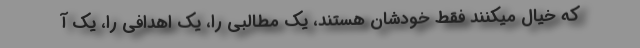
که خیال میکنند فقط خودشان هستند، یک مطالبى را، یک اهدافى را، یک آ